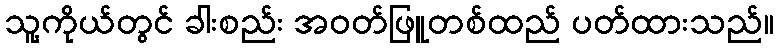
သူ့ကိုယ်တွင် ခါးစည်း အဝတ်ဖြူတစ်ထည် ပတ်ထားသည်။